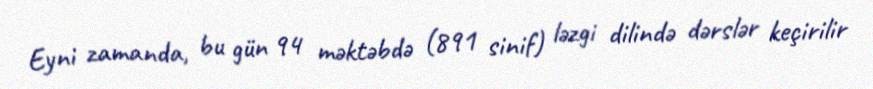
Eyni zamanda, bu gün 94 məktəbdə (891 sinif) ləzgi dilində dərslər keçirilir